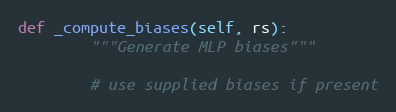
Language: Python
def _compute_biases(self, rs):
        """Generate MLP biases"""

        # use supplied biases if present